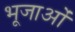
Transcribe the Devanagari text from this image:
भूजाओं